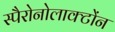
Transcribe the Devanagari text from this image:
स्पैरोनोलाक्टोंन